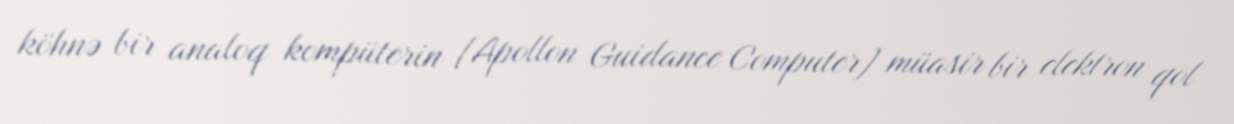
köhnə bir analoq kompüterin [Apollon Guidance Computer] müasir bir elektron qol